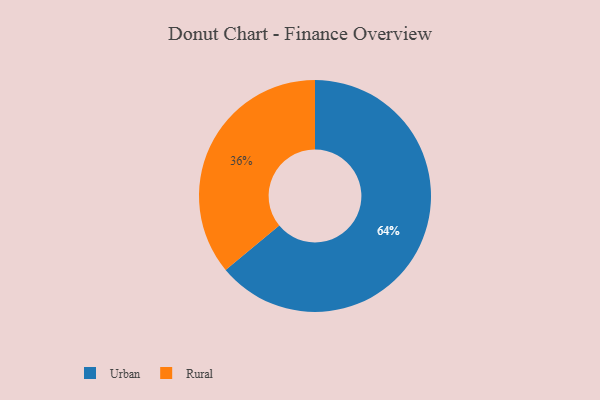
{"axis": {"x": "Category", "y": "Percentage"}, "legend": ["Rural", "Urban"], "data": [{"x": "Rural", "y": 36, "type": "Rural"}, {"x": "Urban", "y": 64, "type": "Urban"}]}